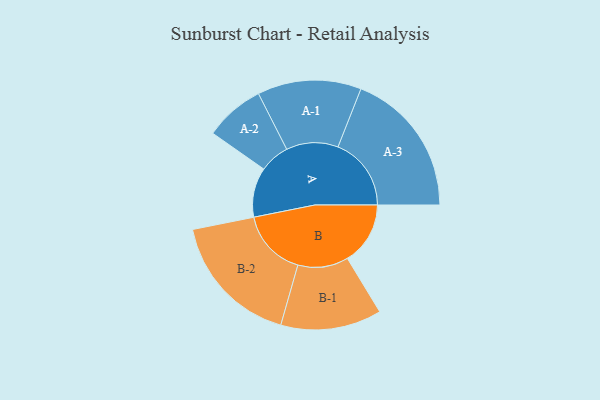
{"axis": {"x": "Segment", "y": "Value"}, "legend": ["", "A", "B"], "data": [{"x": "A", "y": 172, "type": ""}, {"x": "B", "y": 218, "type": ""}, {"x": "A-1", "y": 180, "type": "A"}, {"x": "A-2", "y": 104, "type": "A"}, {"x": "A-3", "y": 254, "type": "A"}, {"x": "B-1", "y": 175, "type": "B"}, {"x": "B-2", "y": 233, "type": "B"}]}